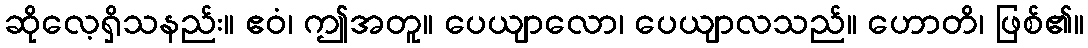
ဆိုလေ့ရှိသနည်း။ ဧဝံ၊ ဤအတူ။ ပေယျာလော၊ ပေယျာလသည်။ ဟောတိ၊ ဖြစ်၏။